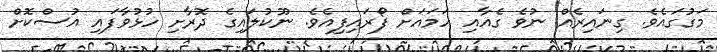
މަގުގައެވެ. ގިނައިރެއް ނުވެ ގެއާއި ހަމައަށް ފޯރައިފިއެވެ. ނޫކުލައިގެ ދޮރާށި ހުޅުވާފައި އުސްކޮށް